Report on vaccination in Madras 1922-1929 - 1922-1929
Year: 1922
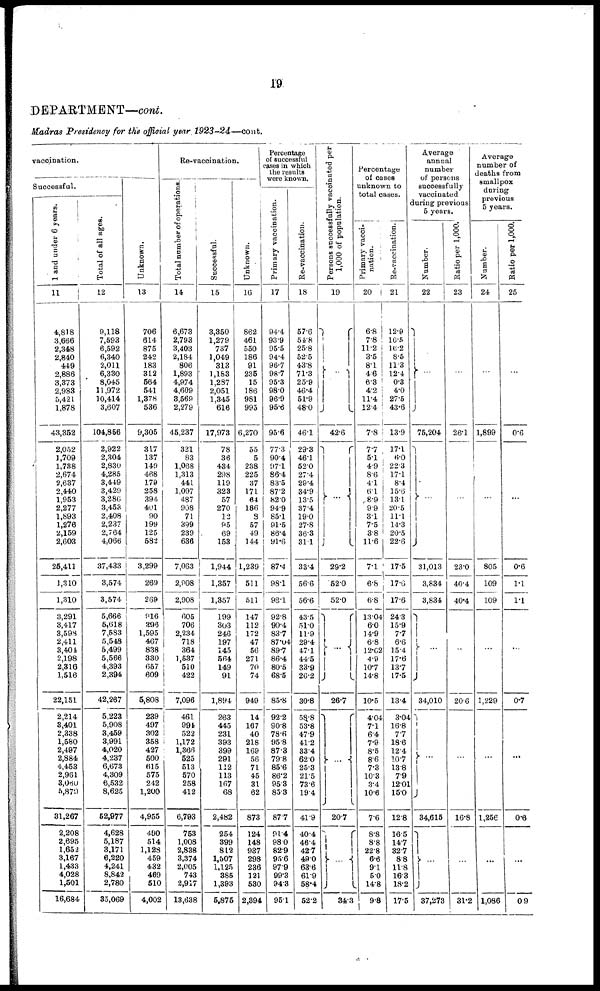
19
DEPARTMENT—cont.
Madras Presidency for the official year 1923-24—cont.
vaccination.
Successful.
1 and under 6 years.
11
4,818
3,666
2,348
2,840
449
2,886
3,373
2,983
5,421
1,878
43,352
2,052
1,709
1,738
2,674
2,637
2,440
1,953
2,277
1,893
1,276
2,159
2,603
26,411
1,310
1,310
3,291
3,417
3,598
2,411
3,401
2,198
2,316
1,516
22,151
2,214
3,401
2,338
1,580
2,497
2,884
4,453
2,961
3,060
5,879
31,267
2,208
2,695
1,652
3,167
1,433
4,028
1,501
16,684
Total of all ages.
12
9,118
7,593
6,592
6,340
2,011
6,330
8,045
11,972
10,414
3,607
104,856
2,922
2,304
2,830
4,285
3,449
3,429
3,286
3,453
2,408
2,237
2,764
4,066
37,433
3,574
3,574
5,666
5,618
7,583
5,548
5,499
5,566
4,393
2,394
42,267
5,223
5,908
3,459
3,991
4,020
4,237
6,673
4,309
6,532
8,625
52,977
4,628
5,187
3,171
6,220
4,241
8,842
2,780
35,069
Unknown.
13
706
614
875
242
183
312
564
541
1,378
536
9,305
317
137
149
468
179
258
394
401
90
199
125
582
3,299
269
269
916
396
1,595
467
838
330
657
609
5,808
239
497
302
358
427
500
615
575
242
1,200
4,955
490
514
1,128
459
432
469
510
4,002
Re-vaccination.
Total number of operations.
14
6,673
2,793
3,403
2,184
806
1,893
4,974
4,609
3,569
2,279
45,237
321
83
1,068
1,313
441
1,097
487
908
71
399
239
636
7,063
2,908
2,908
605
706
2,234
718
364
1,537
510
422
7,096
461
994
522
1,172
1,366
525
513
570
258
412
6,793
753
1,008
2,838
3,374
2,005
743
2,917
13,638
Successful.
15
3,350
1,279
737
1,049
313
1,183
1,287
2,051
1,345
616
17,973
78
36
434
298
119
323
57
270
12
95
69
153
1,944
1,357
1,357
199
303
246
197
145
564
149
91
1,894
263
445
231
393
399
291
112
113
167
68
2,482
254
399
812
1,507
1,125
385
1,393
5,875
Unknown.
16
862
461
550
186
91
235
15
186
981
995
6,270
55
5
238
225
37
171
64
186
8
57
49
144
1,239
511
511
147
112
172
47
56
271
70
74
949
14
167
40
218
169
56
71
45
31
62
873
124
148
937
298
236
121
530
2,394
Percentage
of successful
cases in which
the results
were known.
Primary vaccination.
17
94.4
93.9
95.5
94.4
96.7
98.7
95.3
98.0
96.9
95.6
95.6
77.3
90.4
97.1
86.4
83.5
87.2
82.0
94.9
85.1
91.5
86.4
91.6
87.4
98.1
98.1
92.8
90.4
83.7
87.04
89.7
86.4
80.5
68.5
85.8
92.2
90.8
78.6
95.8
87.3
79.8
85.6
86.2
95.3
85.3
87.7
91.4
98.0
82.9
95.6
97.9
99.3
94.3
95.1
Re-vaccination.
18
57.6
54.8
25.8
52.5
43.8
71.3
25.9
46.4
51.9
48.0
46.1
29.3
46.1
52.0
27.4
29.4
34.9
13.5
37.4
19.0
27.8
36.3
31.1
33.4
56.6
56.6
43.5
51.0
11.9
29.4
47.1
44.5
33.9
26.2
30.8
58.8
53.8
47.9
41.2
33.4
62.0
25.3
21.5
73.6
19.4
41.9
40.4
46.4
42.7
49.0
63.6
61.9
58.4
52.2
Persons successfully vaccinated per
1,000 of population.
19
...
42.6
...
29.2
52.0
52.0
...
26.7
...
20.7
...
34.3
Percentage
of cases
unknown to
total cases.
Primary vacci-
nation.
20
6.8
7.8
11.2
3.5
8.1
4.6
6.3
4.2
11.4
12.4
7.8
7.7
5.1
4.9
8.6
4.1
6.1
8.9
9.9
3.1
7.5
3.8
11.6
7.1
6.8
6.8
13.04
6.0
14.9
6.8
12.02
4.9
10.7
14.8
10.5
4.04
7.1
6.4
7.9
8.5
8.6
7.3
10.3
3.4
10.6
7.6
8.8
8.8
22.8
6.6
9.1
5.0
14.8
9.8
Re-vaccination.
21
12.9
16.5
16.2
8.5
11.3
12.4
0.3
4.0
27.5
43.6
13.9
17.1
6.0
22.3
17.1
8.4
15.6
13.1
20.5
11.1
14.3
20.5
22.6
17.5
17.6
17.6
24.3
15.9
7.7
6.6
15.4
17.6
13.7
17.5
13.4
3.04
16.8
7.7
18.6
12.4
10.7
13.8
7.9
12.01
15.0
12.8
16.5
14.7
32.7
8.8
11.8
16.3
18.2
17.5
Average
annual
number
of persons
successfully
vaccinated
during previous
5 years.
Number.
22
...
75,204
...
31,013
3,834
3,834
...
34,010
...
34,615
...
37,273
Ratio per 1,000.
23
...
26.1
...
23.0
40.4
40.4
...
20.6
...
16.8
...
31.2
Average
number of
deaths from
smallpox
during
previous
5 years.
Number.
24
...
1,899
...
805
109
109
...
1,229
...
1,256
...
1,086
Ratio per 1,000.
25
...
0.6
...
0.6
1.1
1.1
...
0.7
...
0.6
...
0.9